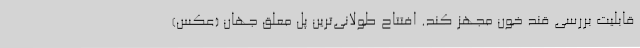
قابلیت بررسی قند خون مجهز کند. افتتاح طولانی‌ترین پل معلق جهان (عکس)